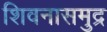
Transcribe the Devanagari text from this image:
शिवनासमुद्र